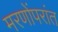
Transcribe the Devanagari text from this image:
मरणोंपरांत